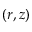
( r , z )